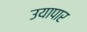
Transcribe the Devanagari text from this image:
उयापार